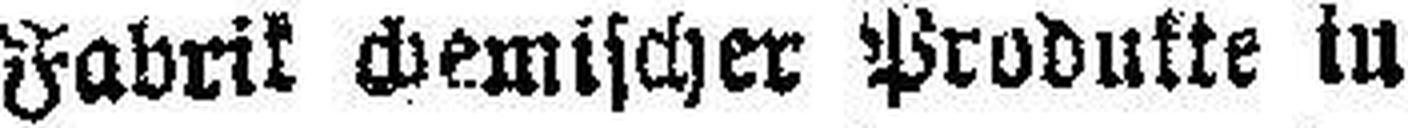
Fabrik chemischer Produkte in